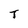
Character: T